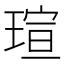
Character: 瑄